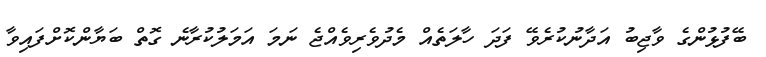
ބޭފުޅުންގެ ވާޖިބު އަދާނުކުރެވޭ ފަދަ ހާލަތެއް މެދުވެރިވެއްޖެ ނަމަ އަމަލުކުރާނެ ގޮތް ބަޔާންކޮށްފައިވާ